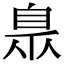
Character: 臮